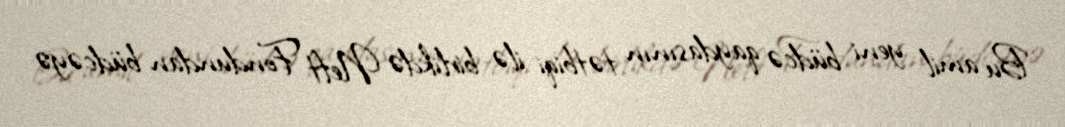
Bu amil yeni büdcə qaydasının tətbiqi ilə birlikdə Neft Fondundan büdcəyə